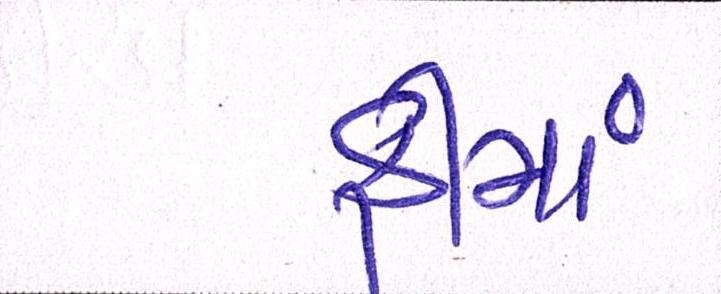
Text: ફીમાં